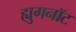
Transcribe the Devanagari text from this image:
ह्युगनॉट